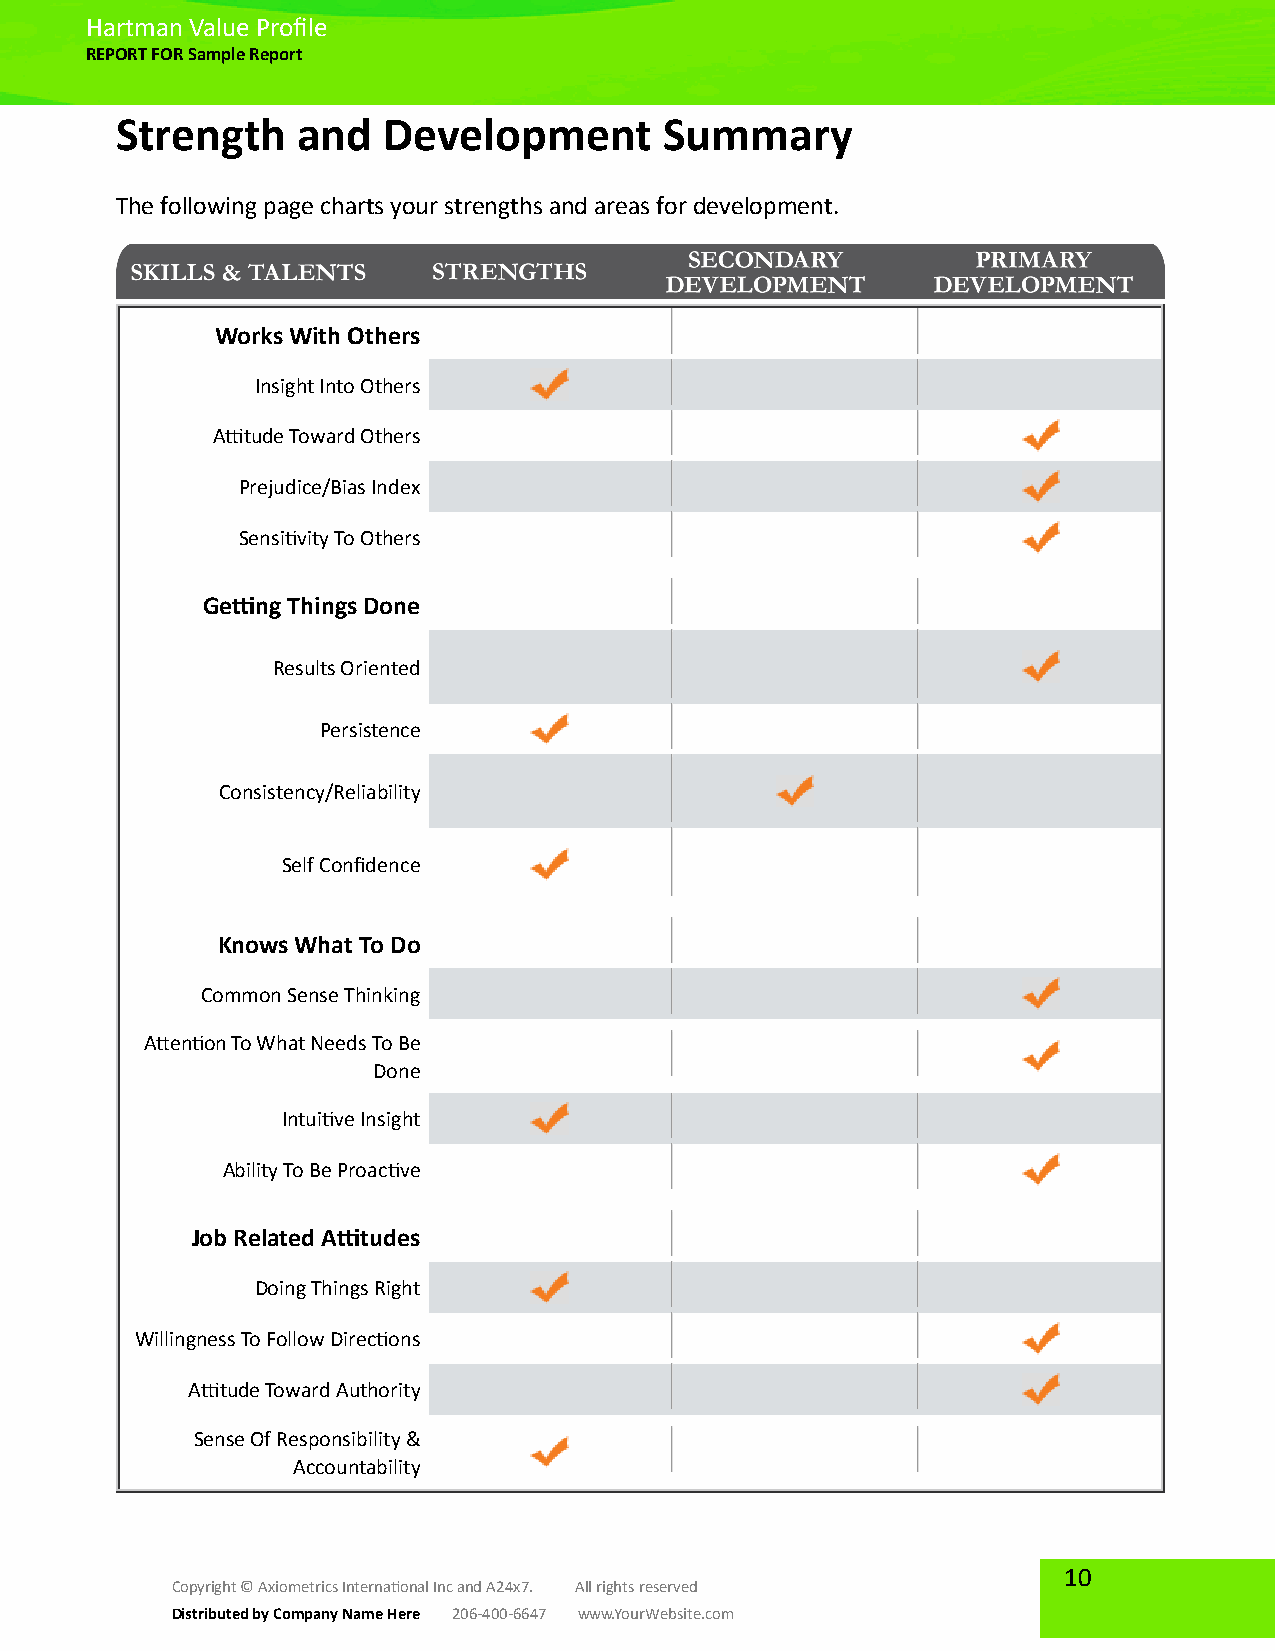
Hartman Value Profile
 REPORT FOR Sample Report
 Strength    and  Development        Summary
 The following page charts your strengths and areas for development.
 Works With Others
 Insight Into Others
 Attitude Toward Others
 Prejudice/Bias Index
 Sensitivity To Others
 Getting Things Done
 Results Oriented
 Persistence
 Consistency/Reliability
 Self Confidence
 Knows What To Do
 Common Sense Thinking
 Attention To What Needs To Be
 Done
 Intuitive Insight
 Ability To Be Proactive
 Job Related Attitudes
 Doing Things Right
 Willingness To Follow Directions
 Attitude Toward Authority
 Sense Of Responsibility &
 Accountability
 10
 Copyright © Axiometrics International Inc and A24x7. All rights reserved
 Distributed by Company Name Here 206-400-6647 www.YourWebsite.com